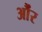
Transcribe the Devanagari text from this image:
औंर